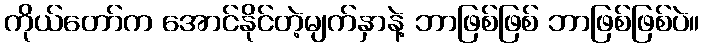
ကိုယ်တော်က အောင်နိုင်တဲ့မျက်နှာနဲ့ ဘာဖြစ်ဖြစ် ဘာဖြစ်ဖြစ်ပဲ။